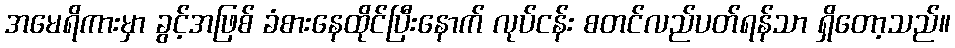
အမေရိကားမှာ ခွင့်အဖြစ် ခံစားနေထိုင်ပြီးနောက် လုပ်ငန်း စတင်လည်ပတ်ရန်သာ ရှိတော့သည်။